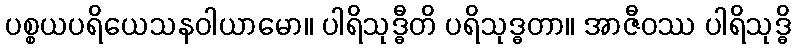
ပစ္စယပရိယေသနဝါယာမော။ ပါရိသုဒ္ဓီတိ ပရိသုဒ္ဓတာ။ အာဇီဝဿ ပါရိသုဒ္ဓိ